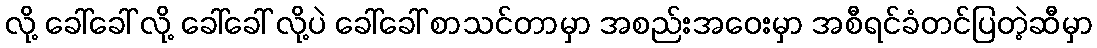
လို့ ခေါ်ခေါ် လို့ ခေါ်ခေါ် လို့ပဲ ခေါ်ခေါ် စာသင်တာမှာ အစည်းအဝေးမှာ အစီရင်ခံတင်ပြတဲ့ဆီမှာ